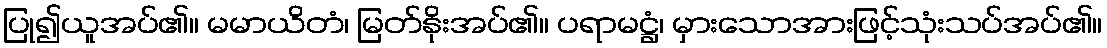
ပြု၍ယူအပ်၏။ မမာယိတံ၊ မြတ်နိုးအပ်၏။ ပရာမဋ္ဌံ၊ မှားသောအားဖြင့်သုံးသပ်အပ်၏။